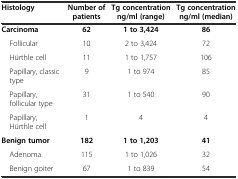
<table><thead><tr><td><b>Histology</b></td><td><b>Number of patients</b></td><td><b>Tg concentration ng/ml (range)</b></td><td><b>Tg concentration ng/ml (median)</b></td></tr></thead><tbody><tr><td><b>Carcinoma</b></td><td><b>62</b></td><td><b>1 to 3,424</b></td><td><b>86</b></td></tr><tr><td> Follicular</td><td>10</td><td>2 to 3,424</td><td>72</td></tr><tr><td> Hürthle cell</td><td>11</td><td>1 to 1,757</td><td>106</td></tr><tr><td> Papillary, classic type</td><td>9</td><td>1 to 974</td><td>85</td></tr><tr><td> Papillary, follicular type</td><td>31</td><td>1 to 540</td><td>90</td></tr><tr><td> Papillary, Hürthle cell</td><td>1</td><td>4</td><td>4</td></tr><tr><td><b>Benign tumor</b></td><td><b>182</b></td><td><b>1 to 1,203</b></td><td><b>41</b></td></tr><tr><td> Adenoma</td><td>115</td><td>1 to 1,026</td><td>32</td></tr><tr><td> Benign goiter</td><td>67</td><td>1 to 839</td><td>54</td></tr></tbody></table>